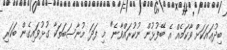
ބިދުޢައަކަށް ވާކަމެއް އެ ބޭފުޅުން ނުކުރައްވާނެ" މި ފަދަ މުނާސަބަތަކާ ގުޅުވައިގެން ބަކަރި